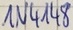
Text: IN4148